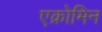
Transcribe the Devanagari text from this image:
एक्रोमिन